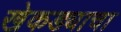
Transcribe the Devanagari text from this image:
खेकड्याचा